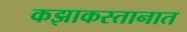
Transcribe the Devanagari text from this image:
कझाकस्तानात